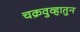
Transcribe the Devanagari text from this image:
चक्रवुव्हातुन